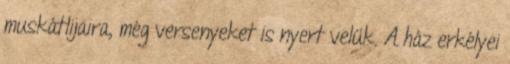
muskátlijaira, még versenyeket is nyert velük. A ház erkélyei